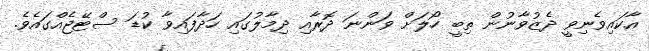
އާކައިވެނިވީ ދެޒުވާނުން ތިބީ ހޯލަށް ވަންނަ ދޮރާއި ދިމާލުގައި ހަދާފައިވާ ކުޑަ ސްޓޭޖެއްގައެވެ.